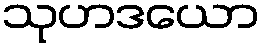
သုဟဒယော